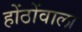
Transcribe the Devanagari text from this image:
होंठोंवाला